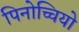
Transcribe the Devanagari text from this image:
पिनोच्चियो